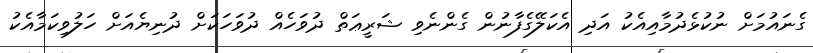
ގެނައުމަށް ނުކުޅެދުމާއިއެކު އަދި އެކަލޭގެފާނުން ގެންނެވި ޝަރީޢަތް ދުވަހެއް ދުވަހަކަށް ދުނިޔެއަށް ހަލުވިކަމާއެކު